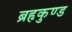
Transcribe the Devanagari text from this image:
ब्रहृकुण्ड